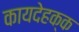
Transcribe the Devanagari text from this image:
कायदेहक्क